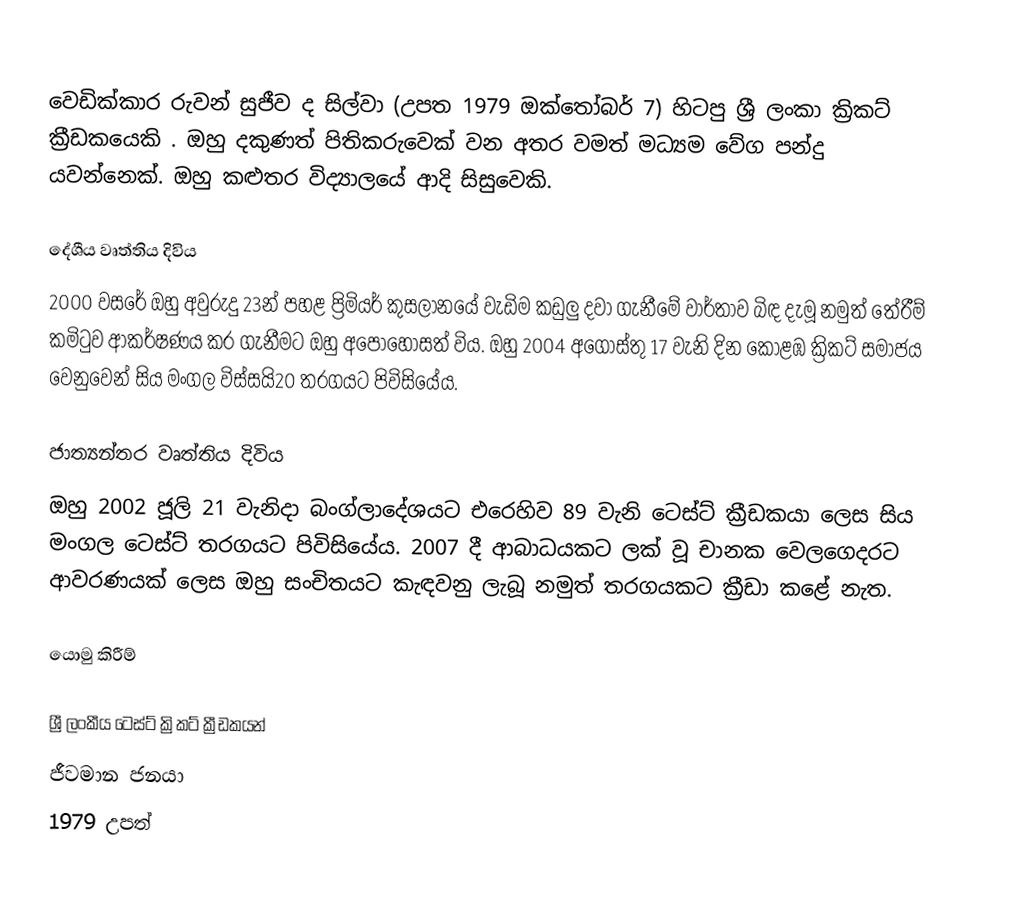
වෙඩික්කාර රුවන් සුජීව ද සිල්වා (උපත 1979 ඔක්තෝබර් 7) හිටපු ශ්‍රී ලංකා ක්‍රිකට් ක්‍රීඩකයෙකි . ඔහු දකුණත් පිතිකරුවෙක් වන අතර වමත් මධ්‍යම වේග පන්දු යවන්නෙක්. ඔහු කළුතර විද්‍යාලයේ ආදි සිසුවෙකි.

දේශීය වෘත්තිය දිවිය
2000 වසරේ ඔහු අවුරුදු 23න් පහළ ප්‍රිමියර් කුසලානයේ වැඩිම කඩුලු දවා ගැනීමේ වාර්තාව බිඳ දැමූ නමුත් තේරීම් කමිටුව ආකර්ෂණය කර ගැනීමට ඔහු අපොහොසත් විය. ඔහු 2004 අගෝස්තු 17 වැනි දින කොළඹ ක්‍රිකට් සමාජය වෙනුවෙන් සිය මංගල විස්සයි20 තරගයට පිවිසියේය.

ජාත්‍යන්තර වෘත්තිය දිවිය
ඔහු 2002 ජූලි 21 වැනිදා බංග්ලාදේශයට එරෙහිව 89 වැනි ටෙස්ට් ක්‍රීඩකයා ලෙස සිය මංගල ටෙස්ට් තරගයට පිවිසියේය. 2007 දී ආබාධයකට ලක් වූ චානක වෙලගෙදරට ආවරණයක් ලෙස ඔහු සංචිතයට කැඳවනු ලැබූ නමුත් තරගයකට ක්‍රීඩා කළේ නැත.

යොමු කිරීම්

ශ්‍රී ලංකීය ටෙස්ට් ක්‍රිකට් ක්‍රීඩකයන්
ජීවමාන ජනයා
1979 උපත්